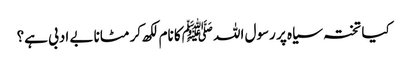
کیا تختہ سیاہ پر رسول اللہ ﷺکا نام لکھ کر مٹانا بے ادبی ہے؟